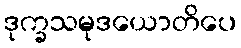
ဒုက္ခသမုဒယောတိပေ